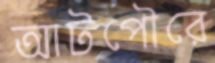
আটপৌরে